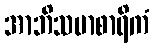
အာဘိသမာစာရိကံ